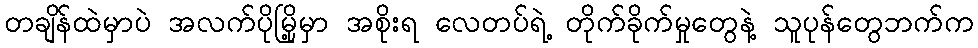
တချိန်ထဲမှာပဲ အလက်ပိုမြို့မှာ အစိုးရ လေတပ်ရဲ့ တိုက်ခိုက်မှုတွေနဲ့ သူပုန်တွေဘက်က